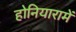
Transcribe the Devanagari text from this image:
होनियारामें